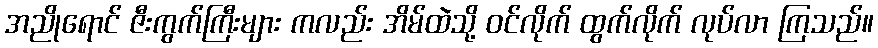
အညိုရောင် ဇီးကွက်ကြီးများ ကလည်း အိမ်ထဲသို့ ဝင်လိုက် ထွက်လိုက် လုပ်လာ ကြသည်။